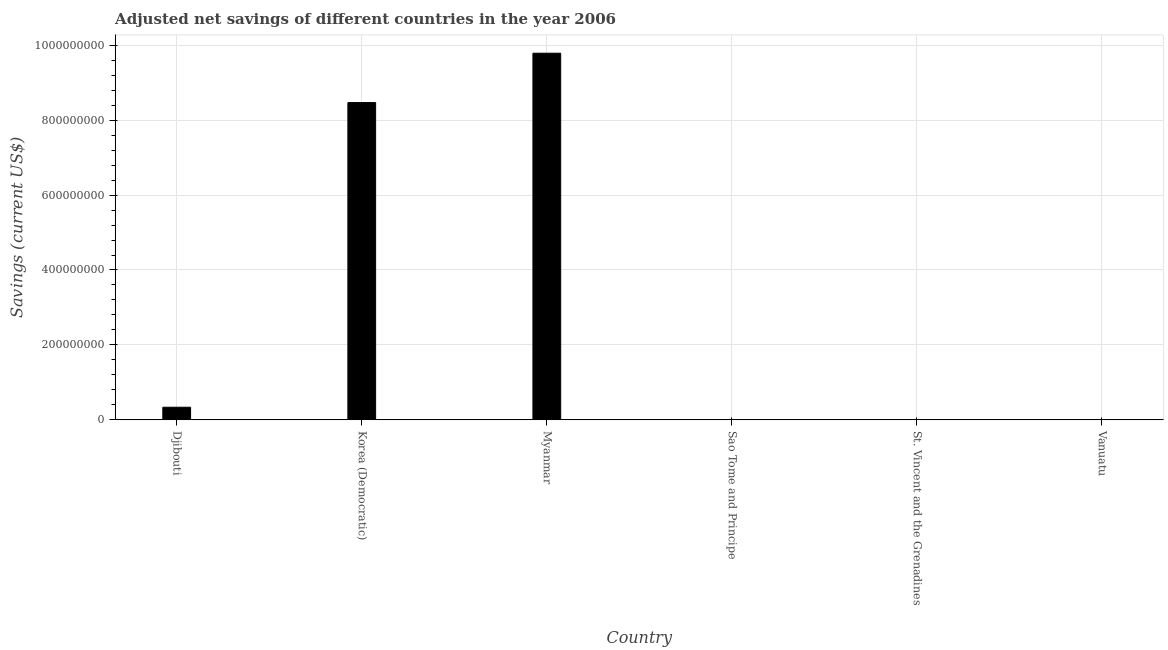
| Country | Adjusted savings: particulate emission damage (current US$) |
 | --- | --- |
 | Djibouti | 3.35e+07 |
 | Korea (Democratic) | 8.47e+08 |
 | Myanmar | 9.79e+08 |
 | Sao Tome and Principe | 1.21e+04 |
 | St. Vincent and the Grenadines | 4.45e+04 |
 | Vanuatu | 3.7e+05 |